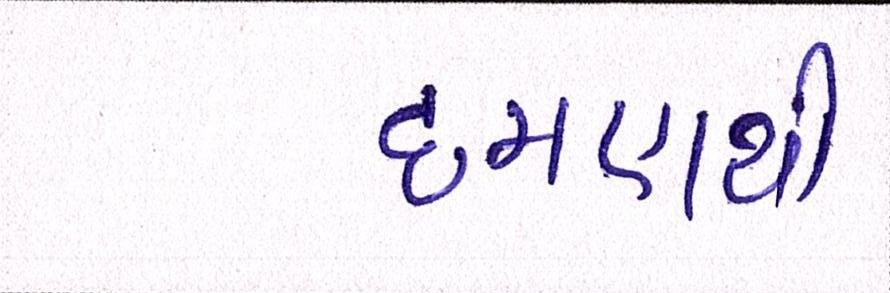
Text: દમણથી